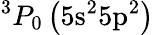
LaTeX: ^3P_{0}\left(5\mathrm{s}^{2}5\mathrm{p}^{2}\right)